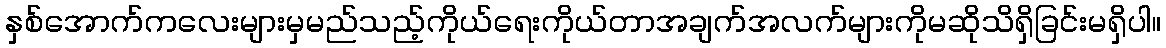
နှစ်အောက်ကလေးများမှမည်သည့်ကိုယ်ရေးကိုယ်တာအချက်အလက်များကိုမဆိုသိရှိခြင်းမရှိပါ။